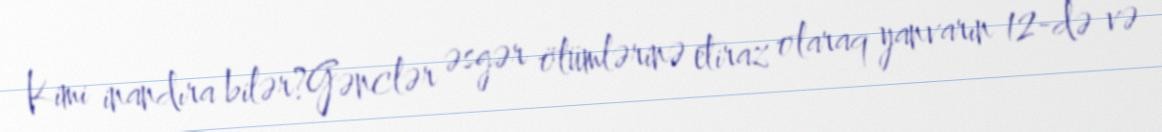
Kimi inandıra bilər?Gənclər əsgər ölümlərinə etiraz olaraq yanvarın 12-də və